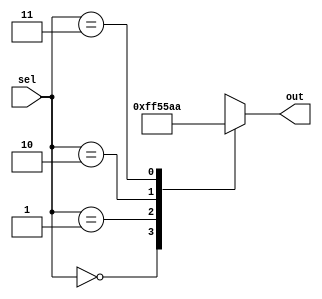
module CaseStatementExample(
    input [1:0] sel,
    output reg [7:0] out
);

initial
begin
    case(sel)
        2'b00: out = 8'b00000000;
        2'b01: out = 8'b11111111;
        2'b10: out = 8'b01010101;
        2'b11: out = 8'b10101010;
        default: out = 8'b00000000;
    endcase
end

endmodule